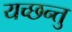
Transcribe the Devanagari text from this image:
यच्छन्तु